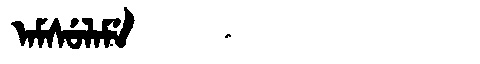
Manchu: ᠠᠮᠰᡠᠯᠠᠮᡝ
Romanization: AMSULAME